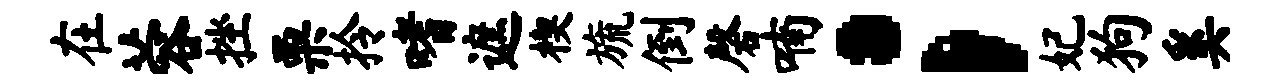
在蓉挫栗拎嗜遮楔旒倒磬喃；妃狗奚